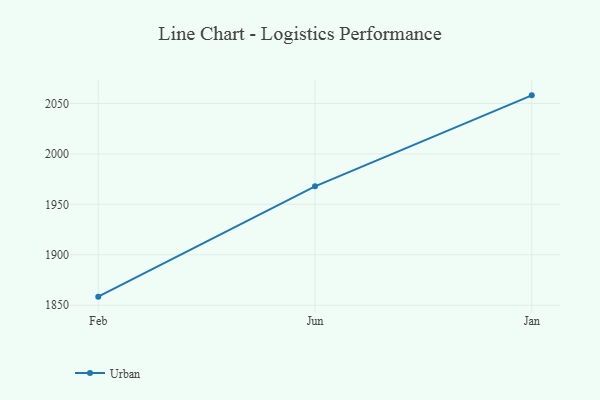
{"axis": {"x": "Month", "y": "Bounce Rate (%)"}, "legend": ["Urban"], "data": [{"x": "Feb", "y": 1858.5, "type": "Urban"}, {"x": "Jun", "y": 1967.8, "type": "Urban"}, {"x": "Jan", "y": 2058.0, "type": "Urban"}]}